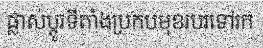
ផ្លាស់ប្តូរទីតាំងប្រកបមុខរបរទៅរក